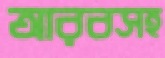
আরবসহ